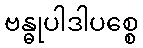
ဗန္ဓုပါဒါပစ္စေ